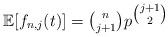
LaTeX: \begin{align*}\mathbb{E}[f_{n, j}(t)] = \tbinom{n}{j + 1} p^{\tbinom{j + 1}{2}}\end{align*}